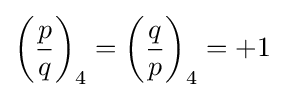
\left({\frac {p}{q}}\right)_{4}=\left({\frac {q}{p}}\right)_{4}=+1